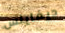
ديفاينس